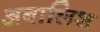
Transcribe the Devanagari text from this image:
अबालिश